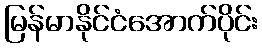
မြန်မာနိုင်ငံအောက်ပိုင်း